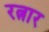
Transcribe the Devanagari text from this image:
रत्नार